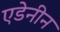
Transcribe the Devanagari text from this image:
एडेनीन